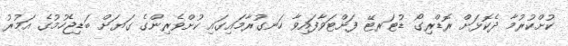
ކުށްކުރުމާ ދެކޮޅަށް ރޮޑްރިގޯ ޑުޓަރޓޭ ފަށްޓަވާފައިވާ ހަނގުރާމައިގައި ކުށްވެރިންގެ ގަޔަށް ބަޑިޖެހުމުގެ އަމުރު